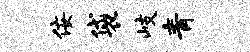
佞袋岐青